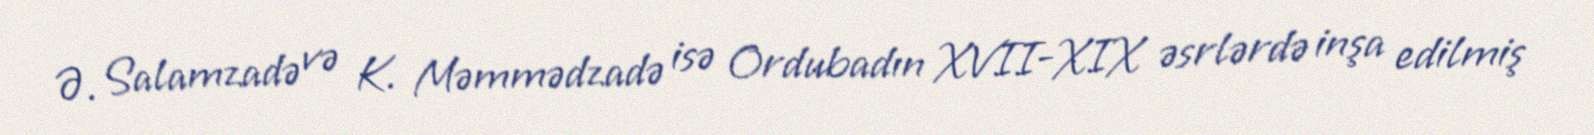
Ə. Salamzadə və K. Məmmədzadə isə Ordubadın XVII-XIX əsrlərdə inşa edilmiş